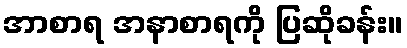
အာစာရ အနာစာရကို ပြဆိုခန်း။